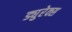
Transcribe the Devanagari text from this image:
ड्युरेक्स